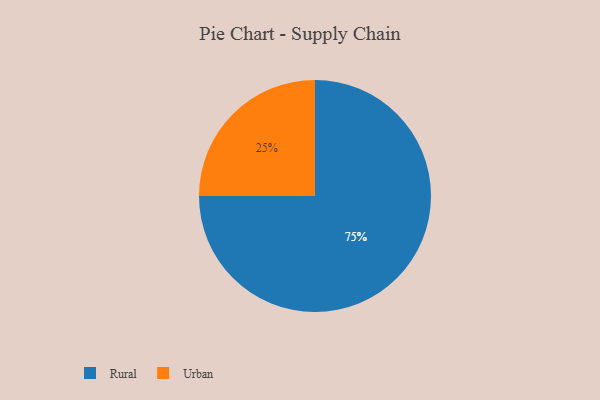
{"axis": {"x": "Category", "y": "Percentage"}, "legend": ["Rural", "Urban"], "data": [{"x": "Rural", "y": 75, "type": "Rural"}, {"x": "Urban", "y": 25, "type": "Urban"}]}